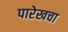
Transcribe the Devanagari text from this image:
पारेखचा